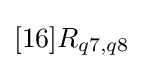
[16]R_{q7,q8}